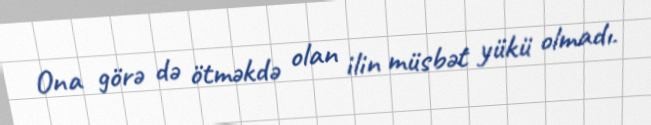
Ona görə də ötməkdə olan ilin müsbət yükü olmadı.